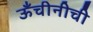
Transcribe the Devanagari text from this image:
ऊँचीनीची